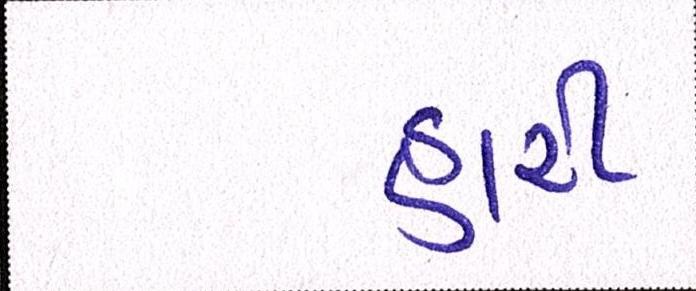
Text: હારી